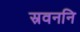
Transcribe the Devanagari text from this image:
स्रवननि